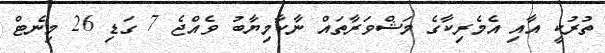
ތުރުކީ އާއި އެމެރިކާގެ މަޝްވަރާތައް ނާކާމިޔާބު ވެއްޖެ 7 ގަޑި 26 މިނެޓް